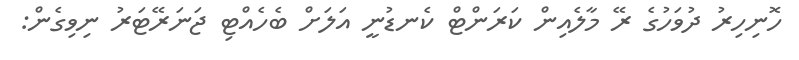
ހޮނިހިރު ދުވަހުގެ ރޭ މާލެއިން ކަރަންޓް ކެނޑުނީ އަލަށް ބެހެއްޓި ޖަނަރޭޓަރު ނިވިގެން: